Indian journal of veterinary science and animal husbandry - Volume 13,
Year: 1943
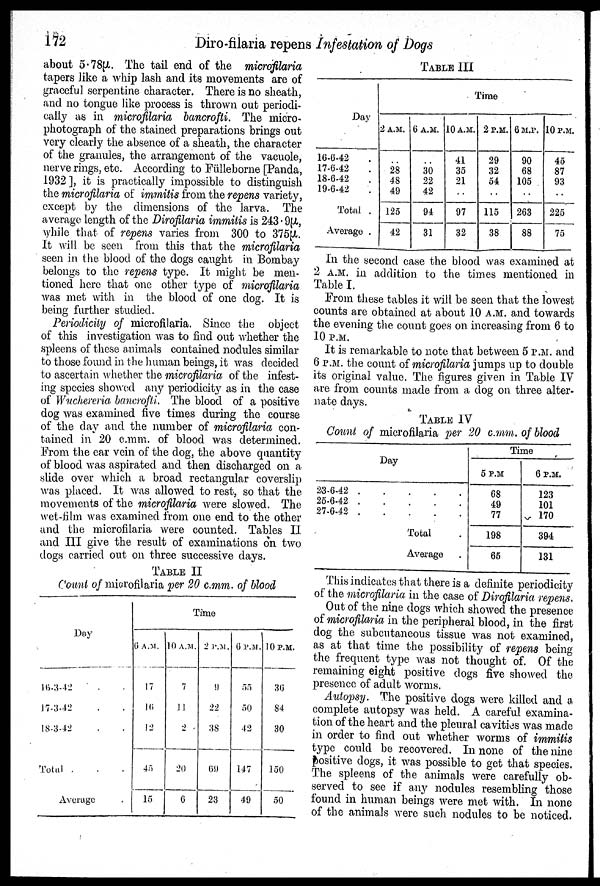
172
Diro-filaria repens Infestation of Dogs
about 5.78µ. The tail end of the microfilaria
tapers like a whip lash and its movements are of
graceful serpentine character. There is no sheath,
and no tongue like process is thrown out periodi-
cally as in microfilaria bancrofti. The micro-
photograph of the stained preparations brings out
very clearly the absence of a sheath, the character
of the granules, the arrangement of the vacuole,
nerve rings, etc. According to Fülleborne [Panda,
1932 ], it is practically impossible to distinguish
the microfilaria of immitis from the repens variety,
except by the dimensions of the larva. The
average length of the Dirofilaria immitis is 243.9µ,
while that of repens varies from 300 to 375µ.
It will be seen from this that the microfilaria
seen in the blood of the dogs caught in Bombay
belongs to the repens type. It might be men-
tioned here that one other type of microfilaria
was met with in the blood of one dog. It is
being further studied.
Periodicity of microfilaria. Since the object
of this investigation was to find out whether the
spleens of these animals contained nodules similar
to those found in the human beings, it was decided
to ascertain whether the microfilaria of the infest-
ing species showed any periodicity as in the case
of Wuchereria bancrofti. The blood of a positive
dog was examined five times during the course
of the day and the number of microfilaria con-
tained in 20 c.mm. of blood was determined.
From the ear vein of the dog, the above quantity
of blood was aspirated and then discharged on a
slide over which a broad rectangular coverslip
was placed. It was allowed to rest, so that the
movements of the microfilaria were slowed. The
wet-film was examined from one end to the other
and the microfilaria were counted. Tables II
and. III give the result of examinations on two
dogs carried out on three successive days.
TABLE II
Count of microfilaria per 20 c.mm. of blood
Day
16-3-42 . .
17-3-42 . .
18-3-42 . .
Total . . .
Average .
Time
6 A. M.
17
16
12
45
15
10 A.M.
7
11
2
20
6
2 P.M.
9
22
38
69
23
6 P.M.
55
50
42
147
49
10 P.M.
36
84
30
150
50
TABLE III
Day
16-6-42 .
17-6-42 .
18-6-42 .
19-6-42 .
Total .
Average .
Time
2 A.M.
. .
28
48
49
125
42
6 A.M.
. .
30
22
42
94
31
10 A.M.
41
35
21
. .
97
32
2 P.M.
29
32
54
. .
115
38
6 M.P.
90
68
105
. .
263
88
10 P.M.
45
87
93
. .
225
75
In the second case the blood was examined at
2 A.M. in addition to the times mentioned in
Table I.
From these tables it will be seen that the lowest
counts are obtained at about 10 A.M. and towards
the evening the count goes on increasing from 6 to
10 P.M.
It is remarkable to note that between 5 P.M. and
6 P.M. the count of microfilaria jumps up to double
its original value. The figures given in Table IV
are from counts made from a dog on three alter-
nate days.
TABLE IV
Count of microfilaria per 20 c.mm. of blood
Day
23-6-42 . . . . .
25-6-42 . . . . .
27-6-42 . . . . .
Total .
Average .
Time
5 P.M
68
49
77
198
65
6 P.M.
123
101
170
394
131
This indicates that there is a definite periodicity
of the microfilaria in the case of Dirofilaria repens.
Out of the nine dogs which showed the presence
of microfilaria in the peripheral blood, in the first
dog the subcutaneous tissue was not examined,
as at that time the possibility of repens being
the frequent type was not thought of. Of the
remaining eight positive dogs five showed the
presence of adult worms.
Autopsy. The positive dogs were killed and a
complete autopsy was held. A careful examina-
tion of the heart and the pleural cavities was made
in order to find out whether worms of immitis
type could be recovered. In none of the nine
positive dogs, it was possible to get that species.
The spleens of the animals were carefully ob-
served to see if any nodules resembling those
found in human beings were met with. In none
of the animals were such nodules to be noticed.